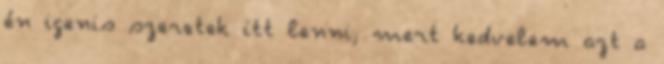
én igenis szeretek itt lenni, mert kedvelem azt a